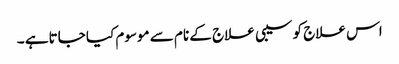
اس علاج کو سیبی علاج کے نام سے موسوم کیا جاتاہے ۔